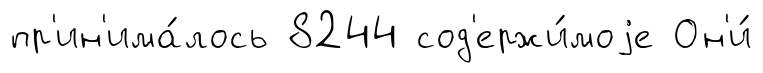
пр'ин'има́лось 8244 сод'ержи́моjе Он'и́